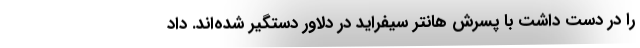
را در دست داشت با پسرش هانتر سیفراید در دلاور دستگیر شده‌اند. داد